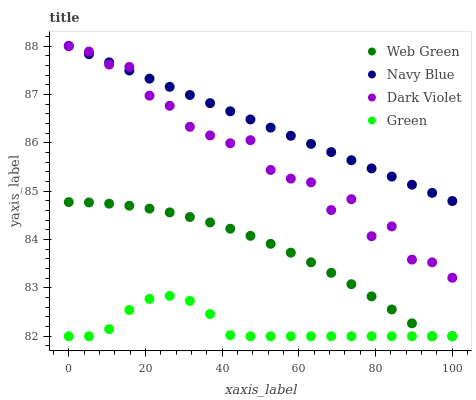
| xaxis_label | Web Green | Navy Blue | Dark Violet | Green |
 | --- | --- | --- | --- | --- |
 | 0 | 84.8 | 88 | 88 | 82 |
 | 5.26 | 84.8 | 87.8 | 87.9 | 82 |
 | 10.5 | 84.7 | 87.7 | 87.6 | 82.1 |
 | 15.8 | 84.7 | 87.5 | 87.6 | 82.5 |
 | 21.1 | 84.6 | 87.3 | 87 | 82.8 |
 | 26.3 | 84.6 | 87.2 | 86.8 | 82.8 |
 | 31.6 | 84.5 | 87 | 86.3 | 82.7 |
 | 36.8 | 84.4 | 86.8 | 86.2 | 82.5 |
 | 42.1 | 84.2 | 86.7 | 86 | 82 |
 | 47.4 | 84.1 | 86.5 | 86.1 | 82 |
 | 52.6 | 83.9 | 86.3 | 85.4 | 82 |
 | 57.9 | 83.7 | 86.1 | 85.3 | 82 |
 | 63.2 | 83.5 | 86 | 85.2 | 82 |
 | 68.4 | 83.3 | 85.8 | 84.6 | 82 |
 | 73.7 | 83.1 | 85.6 | 84.8 | 82 |
 | 78.9 | 82.8 | 85.5 | 84.1 | 82 |
 | 84.2 | 82.6 | 85.3 | 84.3 | 82 |
 | 89.5 | 82.3 | 85.1 | 83.6 | 82 |
 | 94.7 | 82 | 85 | 83.5 | 82 |
 | 100 | 82 | 84.8 | 83.2 | 82 |